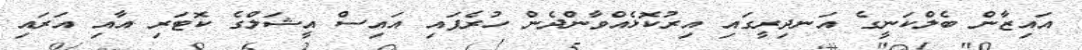
އައިޒާން ބެލްކަނީގެ އަނދިރީގައި އިރުކޮޅެއްވާންދެން ހުރެފައި އައިސް އީޝަލްގެ ކޮޓަރި އާއި އަރައި